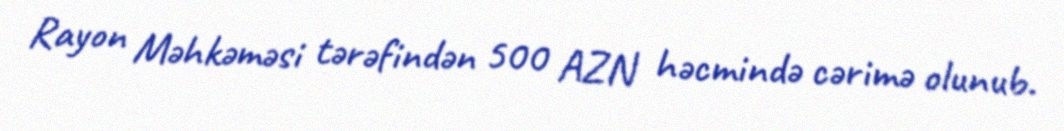
Rayon Məhkəməsi tərəfindən 500 AZN həcmində cərimə olunub.